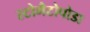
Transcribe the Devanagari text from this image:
स्टोमैटोपोडा